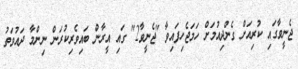
ޖެނީވާގައި ކުރިއަށް ގެންދިއުމަށް ހަމަޖެހިފައިވާ "ޖެނީވާ2" ގައި އީރާން ބައިވެރިކުރަން ނިންމާ ދައުވަތު